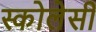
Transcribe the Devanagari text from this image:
स्कोलेसी